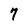
Character: 7